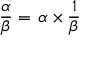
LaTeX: { \frac { \alpha } { \beta } } = \, { \alpha } \times { \frac { 1 } { \beta } }